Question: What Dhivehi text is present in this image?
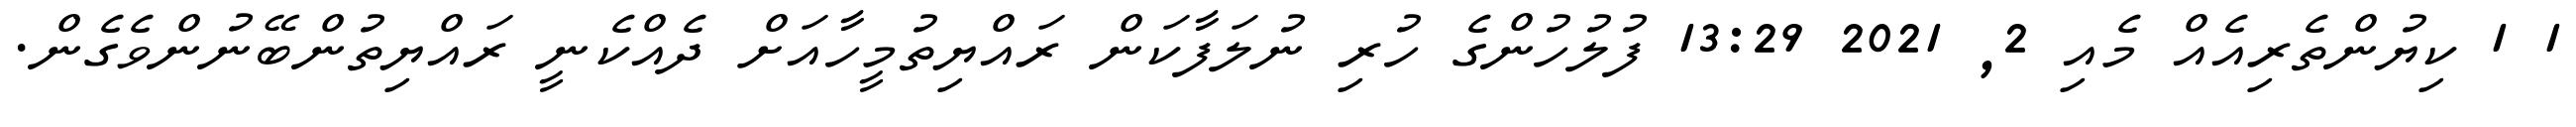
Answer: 1 1 ކިޔުންތެރިއެއް މެއި 2, 2021 13:29 ފުލުހުންގެ ހުރި ނުލަފާކަން ރައްޔިތުމީހާއަށް ދެއްކެނީ ރައްޔިތުންބޭނުންވެގެން.